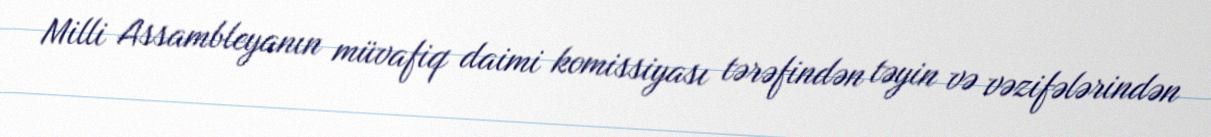
Milli Assambleyanın müvafiq daimi komissiyası tərəfindən təyin və vəzifələrindən